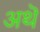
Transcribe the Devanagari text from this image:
अथॆ